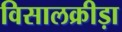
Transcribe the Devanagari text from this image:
विसालक्रीड़ा